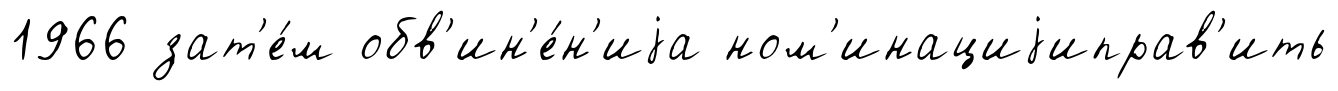
1966 зат'е́м обв'ин'е́н'иjа ном'инациjиправ'ить